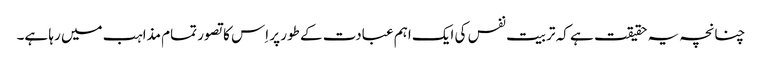
چنانچہ یہ حقیقت ہے کہ تربیت نفس کی ایک اہم عبادت کے طور پر اِس کا تصور تمام مذاہب میں رہا ہے۔